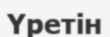
Үретін